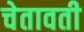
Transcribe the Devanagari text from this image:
चेतावती